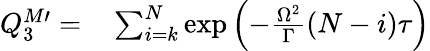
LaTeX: \begin{array}{rl}{Q_{3}^{M\prime}=}&{{}\sum_{i=k}^{N}\exp\left(-\frac{\Omega^{2}}{\Gamma}(N-i)\tau\right)}\end{array}